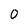
Character: 0